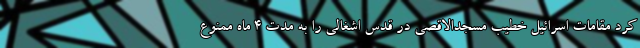
کرد مقامات اسرائیل خطیب مسجدالاقصی در قدس اشغالی را به مدت ۴ ماه ممنوع